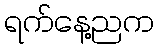
ရက်နေ့ညက